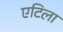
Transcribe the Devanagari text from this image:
एटिला